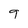
Character: q